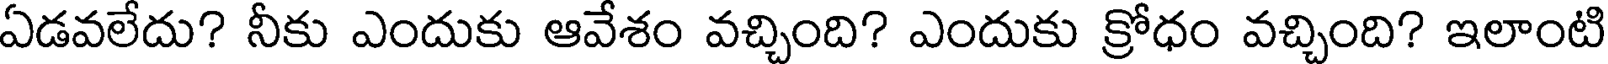
ఏడవలేదు? నీకు ఎందుకు ఆవేశం వచ్చింది? ఎందుకు క్రోధం వచ్చింది? ఇలాంటి